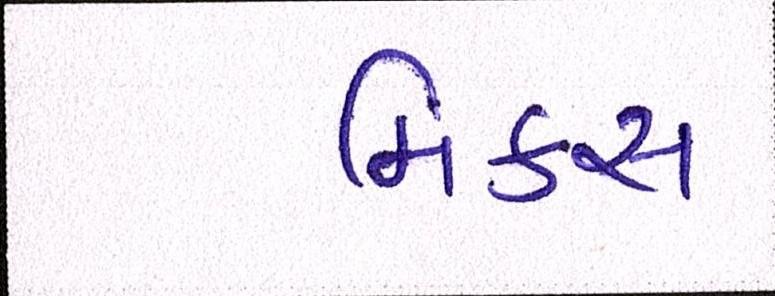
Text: મિક્સ